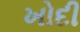
ખોદી